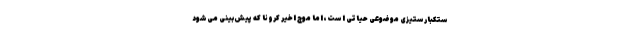
ستکبارستیزی موضوعی حیاتی است، اما موج اخیر کرونا که پیش‌بینی می‌شود